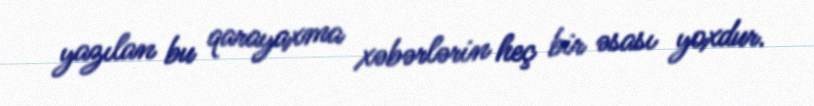
yazılan bu qarayaxma xəbərlərin heç bir əsası yoxdur.